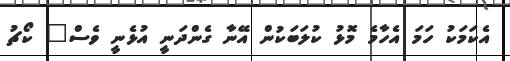
އެކަމަކު ހަމަ އެހާމެ މޮޅު ކުލަބަކުން އޭނާ ގެންދަނީ އުޅެނީ ވެސް" ކޯޗު